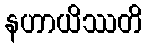
နဟာယိဿတိ